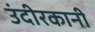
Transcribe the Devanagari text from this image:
उंदीरकानी